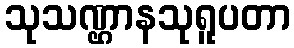
သုသဏ္ဌာနသုရူပတာ